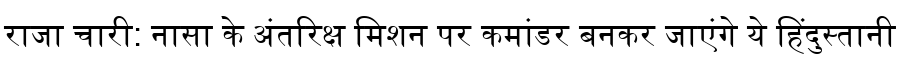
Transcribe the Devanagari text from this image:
राजा चारी: नासा के अंतरिक्ष मिशन पर कमांडर बनकर जाएंगे ये हिंदुस्तानी